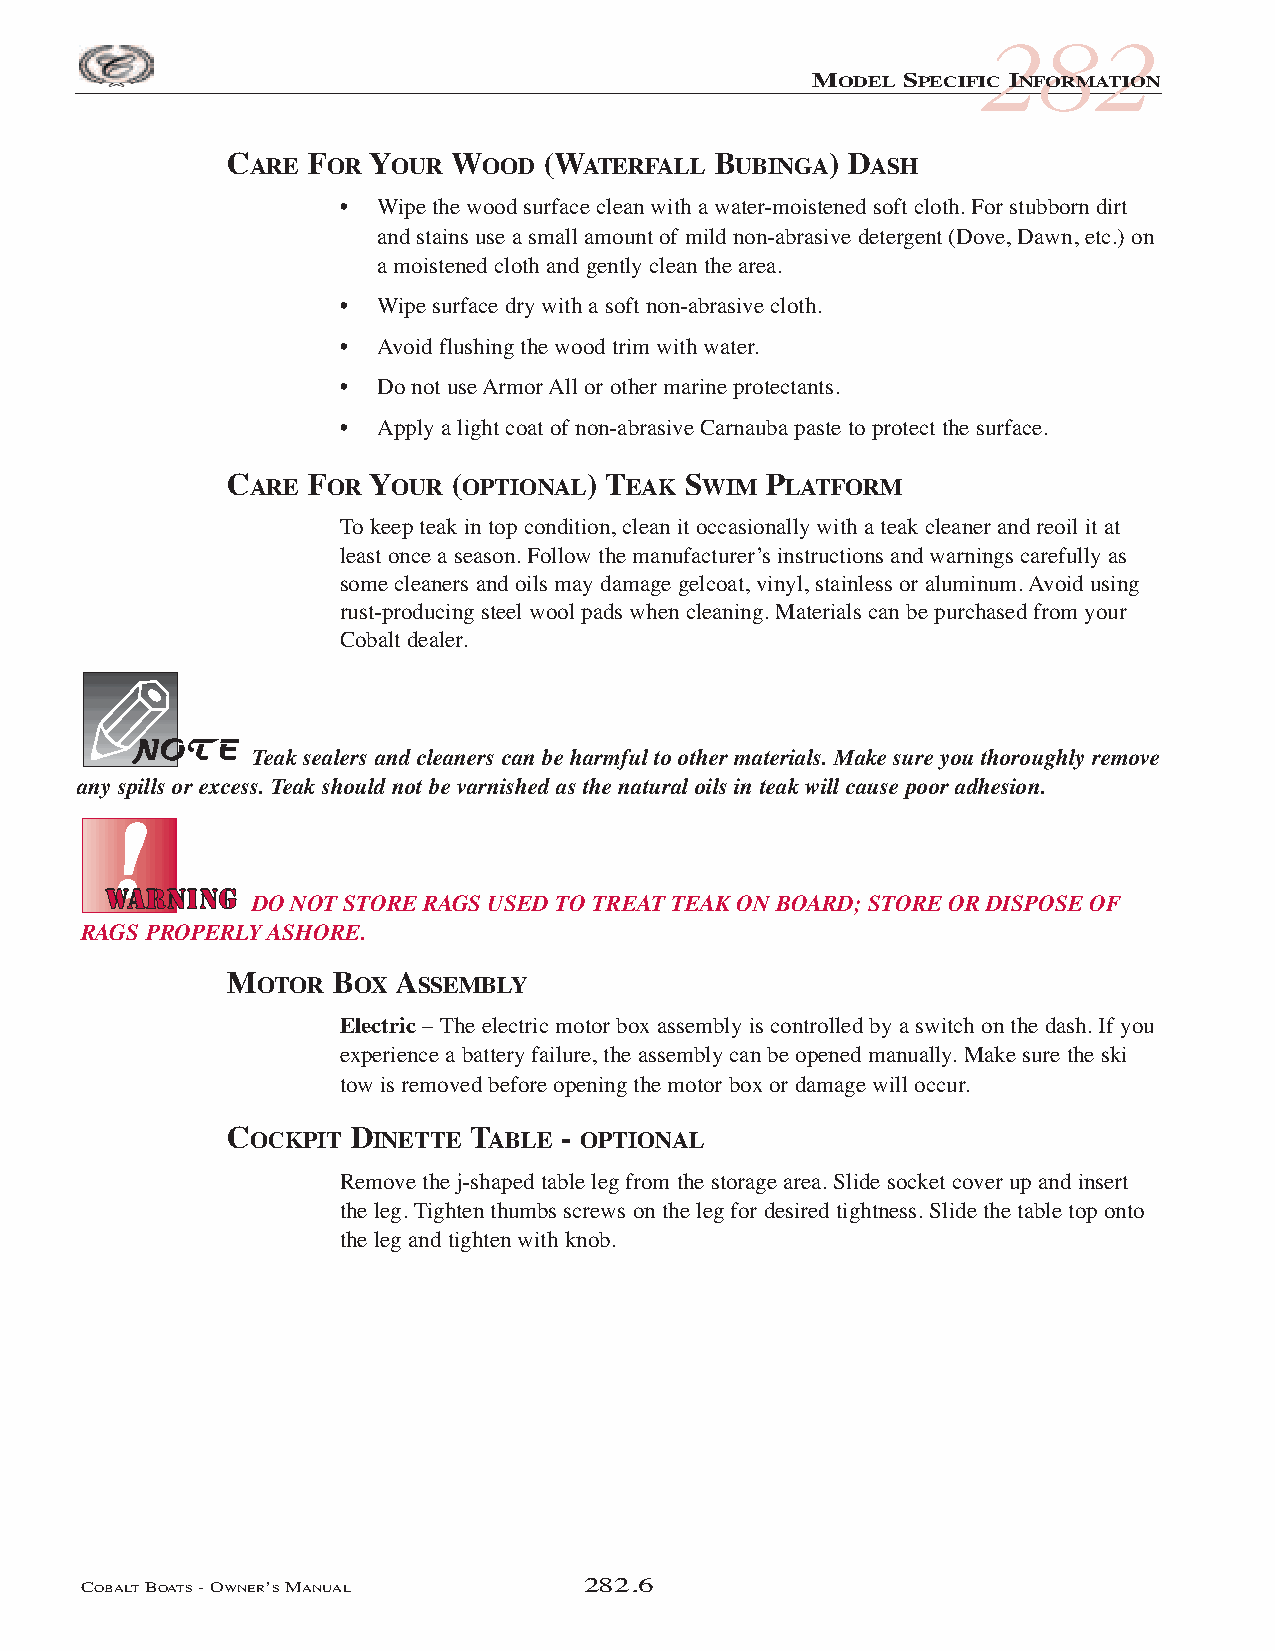
COB_05 Sect 280.qxd 3/18/05 9:30 AM Page 282.6
 282
 MODEL SPECIFIC INFORMATION
 CARE  FOR YOUR WOOD  (WATERFALL  BUBINGA) DASH
 • Wipe the wood surface clean with a water-moistened soft cloth. For stubborn dirt
 and stains use a small amount of mild non-abrasive detergent (Dove, Dawn, etc.) on
 a moistened cloth and gently clean the area.
 • Wipe surface dry with a soft non-abrasive cloth.
 • Avoid flushing the wood trim with water.
 • Do not use Armor All or other marine protectants.
 • Apply a light coat of non-abrasive Carnauba paste to protect the surface.
 CARE  FOR YOUR (OPTIONAL) TEAK SWIM PLATFORM
 To keep teak in top condition, clean it occasionally with a teak cleaner and reoil it at
 least once a season. Follow the manufacturer’s instructions and warnings carefully as
 some cleaners and oils may damage gelcoat, vinyl, stainless or aluminum. Avoid using
 rust-producing steel wool pads when cleaning. Materials can be purchased from your
 Cobalt dealer.
 Teak sealers and cleaners can be harmful to other materials. Make sure you thoroughly remove
 any spills or excess. Teak should not be varnished as the natural oils in teak will cause poor adhesion.
 DO NOT STORE RAGS USED TO TREAT TEAK ON BOARD; STORE OR DISPOSE OF
 RAGS PROPERLY ASHORE.
 MOTOR  BOX  ASSEMBLY
 Electric – The electric motor box assembly is controlled by a switch on the dash. If you
 experience a battery failure, the assembly can be opened manually. Make sure the ski
 tow is removed before opening the motor box or damage will occur.
 COCKPIT  DINETTE TABLE - OPTIONAL
 Remove the j-shaped table leg from the storage area. Slide socket cover up and insert
 the leg. Tighten thumbs screws on the leg for desired tightness. Slide the table top onto
 the leg and tighten with knob.
 COBALTBOATS- OWNER’SMANUAL       282.6